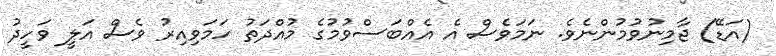
(އަޑޭ) ޖާމިނުވުމުންނެވެ. ނަމަވެސް އެ އެއްބަސްވުމުގެ މުއްދަތު ހަމަވިއިރު ވެސް އަލީ ވަހީދު